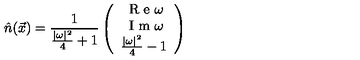
\hat { n } ( \vec { x } ) = \frac { 1 } { \frac { | \omega | ^ { 2 } } { 4 } + 1 } \left( \begin{array} { c c c } { \textrm { R e } \omega } \\ { \textrm { I m } \omega } \\ { \frac { | \omega | ^ { 2 } } { 4 } - 1 } \\ \end{array} \right)